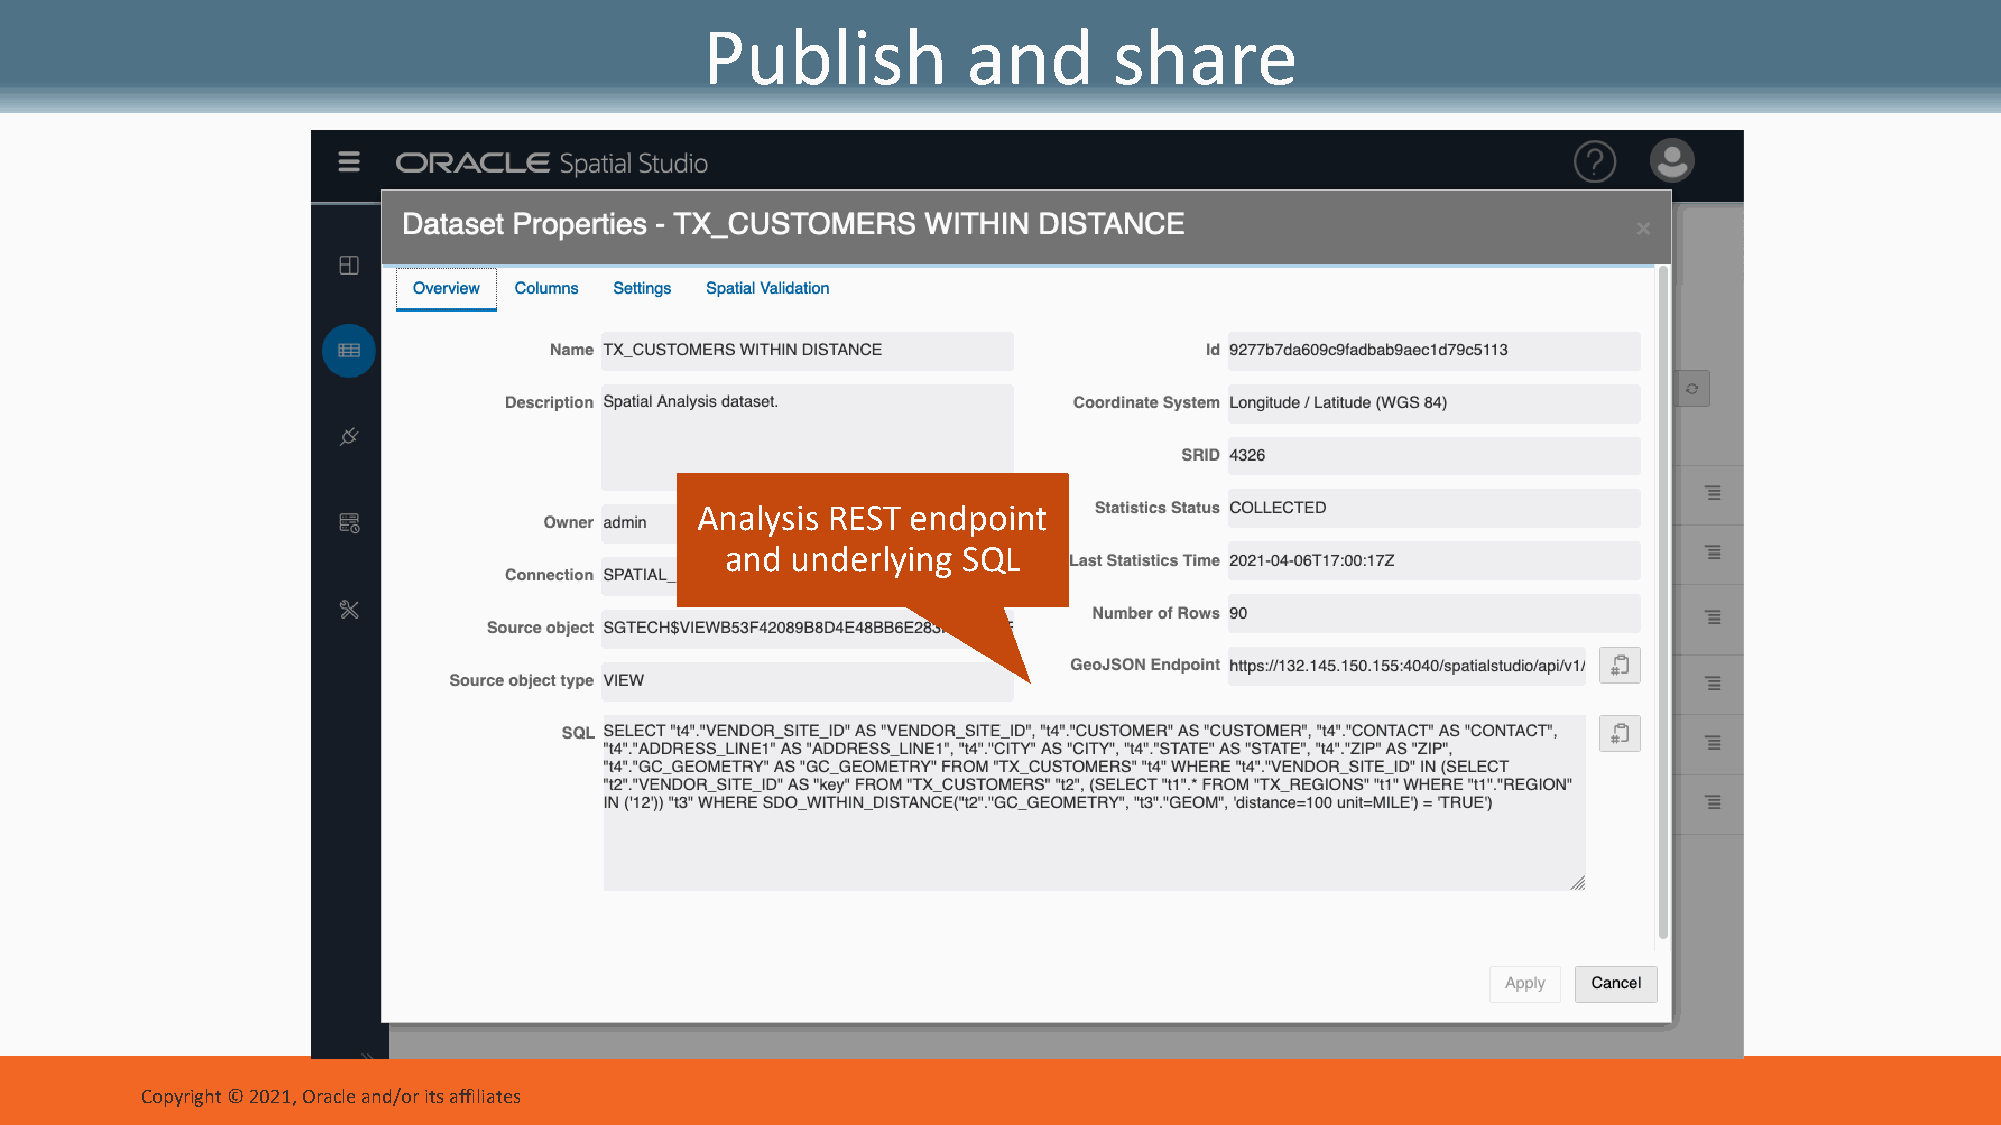
Publish           and       share
 Analysis REST endpoint
 and underlying  SQL
 Copyright © 2021, Oracle and/or its affiliates